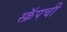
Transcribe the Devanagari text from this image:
स्क्रॅपची